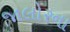
જાલોરના